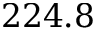
2 2 4 . 8